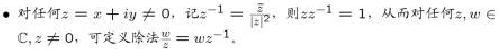
$\bullet$ 对任何 $z = x + iy \neq 0$, 记 $z^{-1} = \frac{\overline{z}}{|z|^2}$, 则 $zz^{-1} = 1$, 从而对任何 $z, w \in \mathbb{C}, z \neq 0$, 可定义除法 $\frac{w}{z} = wz^{-1}$.